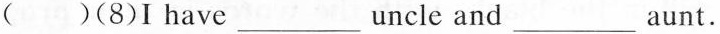
( )(8)I have \underline uncle and \underline aunt.